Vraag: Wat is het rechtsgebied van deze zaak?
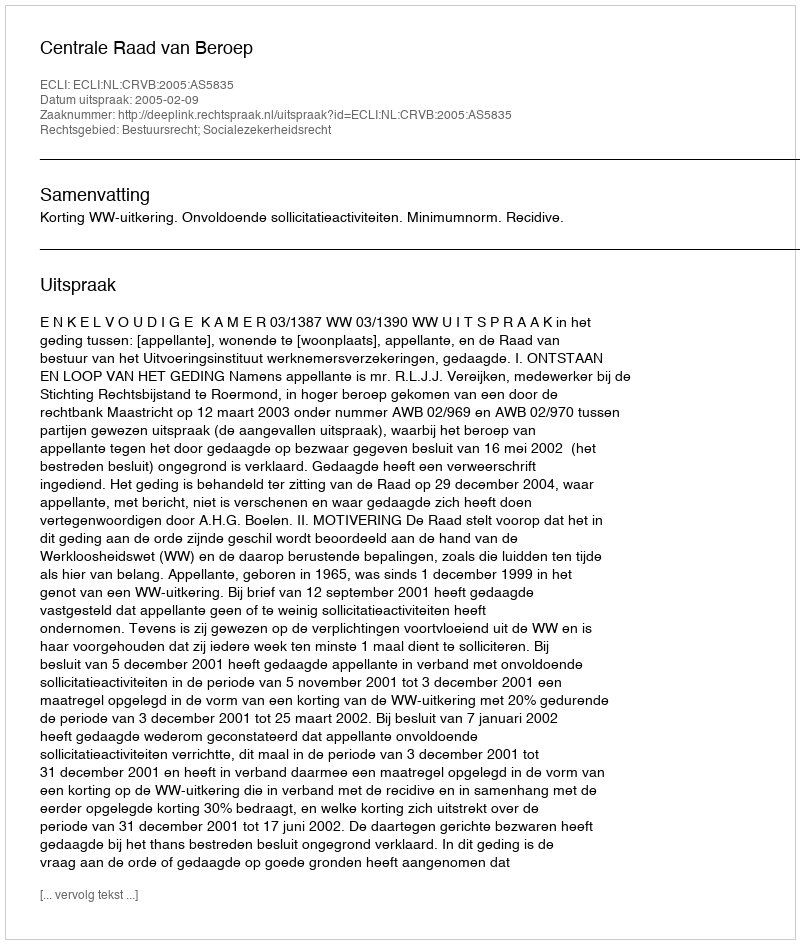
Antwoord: Bestuursrecht; Socialezekerheidsrecht